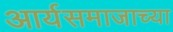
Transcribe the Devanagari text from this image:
आर्यसमाजाच्या